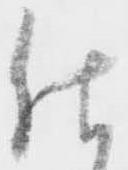
仕